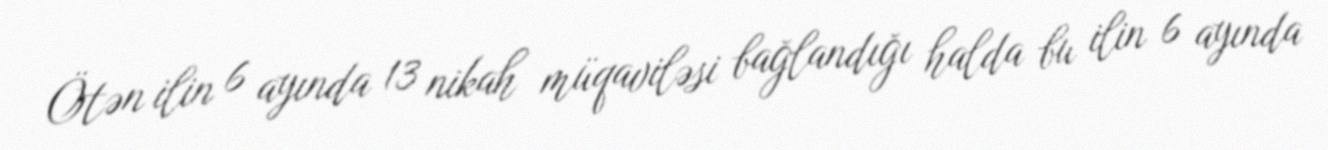
Ötən ilin 6 ayında 13 nikah müqaviləsi bağlandığı halda bu ilin 6 ayında